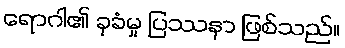
ရောဂါ၏ ခုခံမှု ပြဿနာ ဖြစ်သည်။